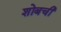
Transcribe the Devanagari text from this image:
शोबची